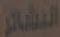
النشائر